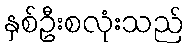
နှစ်ဦးစလုံးသည်